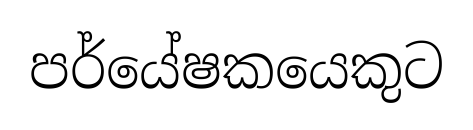
පර්යේෂකයෙකුට